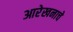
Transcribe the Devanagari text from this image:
आरेखनाचे